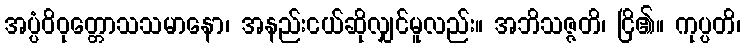
အပ္ပံဝိဝုတ္တောသသမာနော၊ အနည်းငယ်ဆိုလျှင်မူလည်း။ အဘိသဇ္ဇတိ၊ ငြိ၏။ ကုပ္ပတိ၊